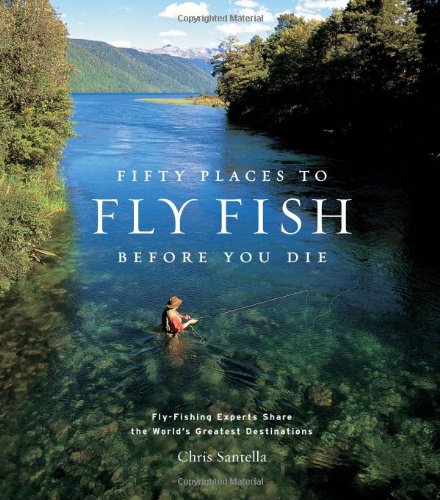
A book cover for Fifty Places to Fly Fish Before You Die; Chris Santella; Sports & Outdoors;